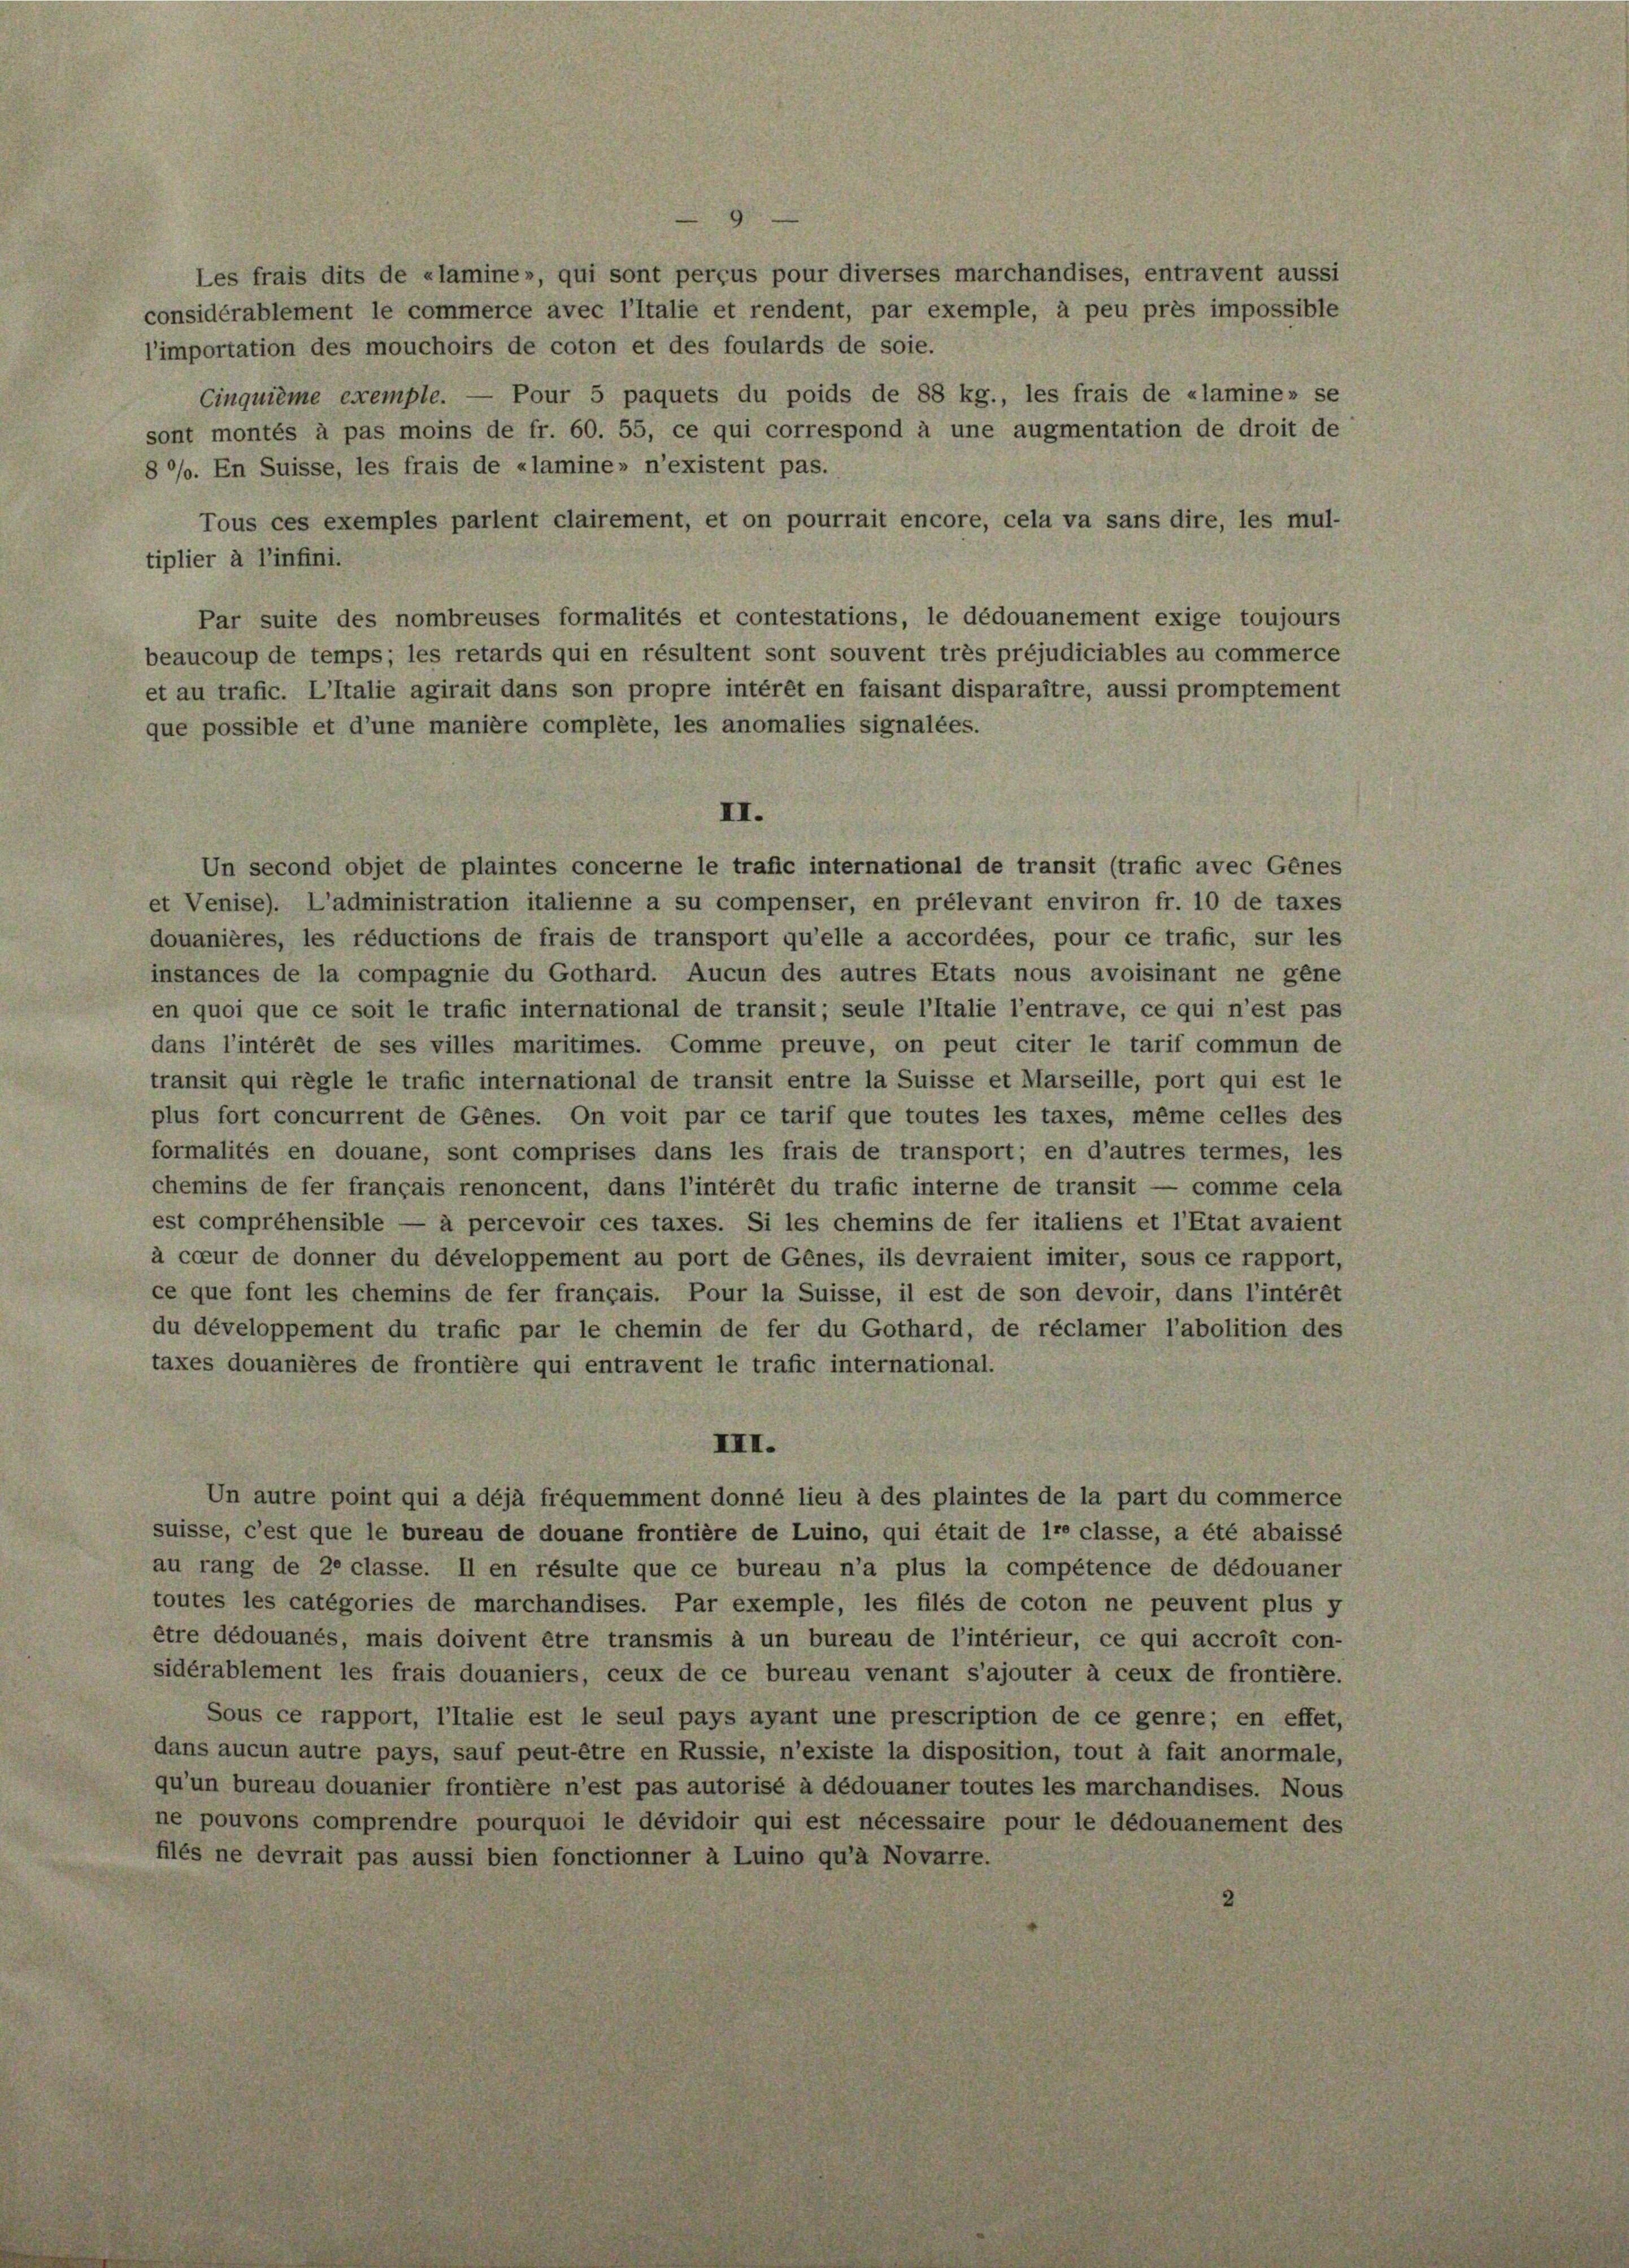
Les frais dits de «lamine», qui sont perçus pour diverses marchandises, entravent aussi
considérablement le commerce avec l’Italie et rendent, par exemple, à peu près impossible
l’importation des mouchoirs de coton et des foulards de soie.
Cinquième exemple. — Pour 5 paquets du poids de 88 kg., les frais de «lamine» se
sont montés à pas moins de fr. 60. 55, ce qui correspond à une augmentation de droit de
8%%. En Suisse, les frais de «lamine» n’existent pas.
Tous ces exemples parient clairement, et on pourrait encore, cela va sans dire, les mul-
tiplier à l’infini.
Par suite des nombreuses formalités et contestations, le dédouanement exige toujours
beaucoup de temps; les retards qui en résultent sont souvent très préjudiciables au commerce
et au trafic. L’Italie agirait dans son propre intérêt en faisant disparaître, aussi promptement
que possible et d’une manière complete, les anomalies signalées.
II.
Un second objet de plaintes concerne le trafic international de transit (trafic avec Genes
et Venise). L’administration italienne a su compenser, en prélevant environ fr. 10 de taxes
douanières, les réductions de frais de transport qu’elle a accordées, pour ce trafic, sur les
instances de la compagnie du Gothard. Aucun des autres Etats nous avoisinant ne gene
en quoi que ce soit le trafic international de transit; seule l’Italie l’entrave, ce qui n’est pas
dans l’intérêt de ses villes maritimes. Comme preuve, on peut citer le tarif commun de
transit qui règle le trafic international de transit entre la Suisse et Marseille, port qui est le
plus fort concurrent de Genes. On voit par ce tarif que toutes les taxes, même celles des
formalités en douane, sont comprises dans les frais de transport; en d’autres termes, les
chemins de fer français renoncent, dans l’intérêt du trafic interne de transit — comme cela
est comprehensible — à percevoir ces taxes. Si les chemins de fer italiens et l’Etat avaient
à cceur de donner du développement au port de Genes, ils devraient imiter, sous ce rapport,
ce que font les chemins de fer français. Pour la Suisse, il est de son devoir, dans l’intérêt
du développement du trafic par le chemin de fer du Gothard, de réclamer l’abolition des
taxes douanières de frontière qui entravent le trafic international.
I.
Un autre point qui a déjà frequemment donné lieu à des plaintes de la part du commerce
suisse, c’est que le bureau de douane frontière de Luino, qui était de ire classe, a été abaissé
au rang de 20 classe. Il en résulte que ce bureau n’a plus la compétence de dédouaner
toutes les catégories de marchandises. Par exemple, les files de coton ne peuvent plus y
être dédouanés, mais doivent être transmis à un bureau de l’intérieur, ce qui accroit con-
sidérablement les frais douaniers, ceux de ce bureau venant s’ajouter à ceux de frontière.
Sous ce rapport, l’Italie est le seul pays ayant une prescription de ce genre; en effet,
dans aucun autre pays, sauf peut être en Russie, n’existe la disposition, tout à fait anormale,
qu’un bureau douanier frontière n’est pas autorisé à dédouaner toutes les marchandises. Nous
ne pouvons comprendre pourquoi le dévidoir qui est nécessaire pour le dédouanement des
filés ne devrait pas aussi bien fonctionner à Luino qu’à Novarre.